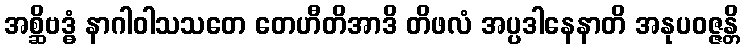
အစ္ဆိဗဒ္ဓံ နာဂါဝါသသတေ တေဟီတိအာဒိ တိဖလံ အပ္ပဒါနေနာတိ အနုပဝဇ္ဇန္တိ